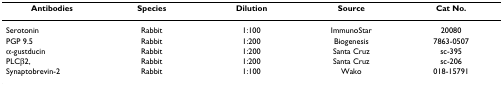
<table><thead><tr><td><b>Antibodies</b></td><td><b>Species</b></td><td><b>Dilution</b></td><td><b>Source</b></td><td><b>Cat No.</b></td></tr></thead><tbody><tr><td>Serotonin</td><td>Rabbit</td><td>1:100</td><td>ImmunoStar</td><td>20080</td></tr><tr><td>PGP 9.5</td><td>Rabbit</td><td>1:200</td><td>Biogenesis</td><td>7863-0507</td></tr><tr><td>α-gustducin</td><td>Rabbit</td><td>1:200</td><td>Santa Cruz</td><td>sc-395</td></tr><tr><td>PLCβ2,</td><td>Rabbit</td><td>1:200</td><td>Santa Cruz</td><td>sc-206</td></tr><tr><td>Synaptobrevin-2</td><td>Rabbit</td><td>1:100</td><td>Wako</td><td>018-15791</td></tr></tbody></table>